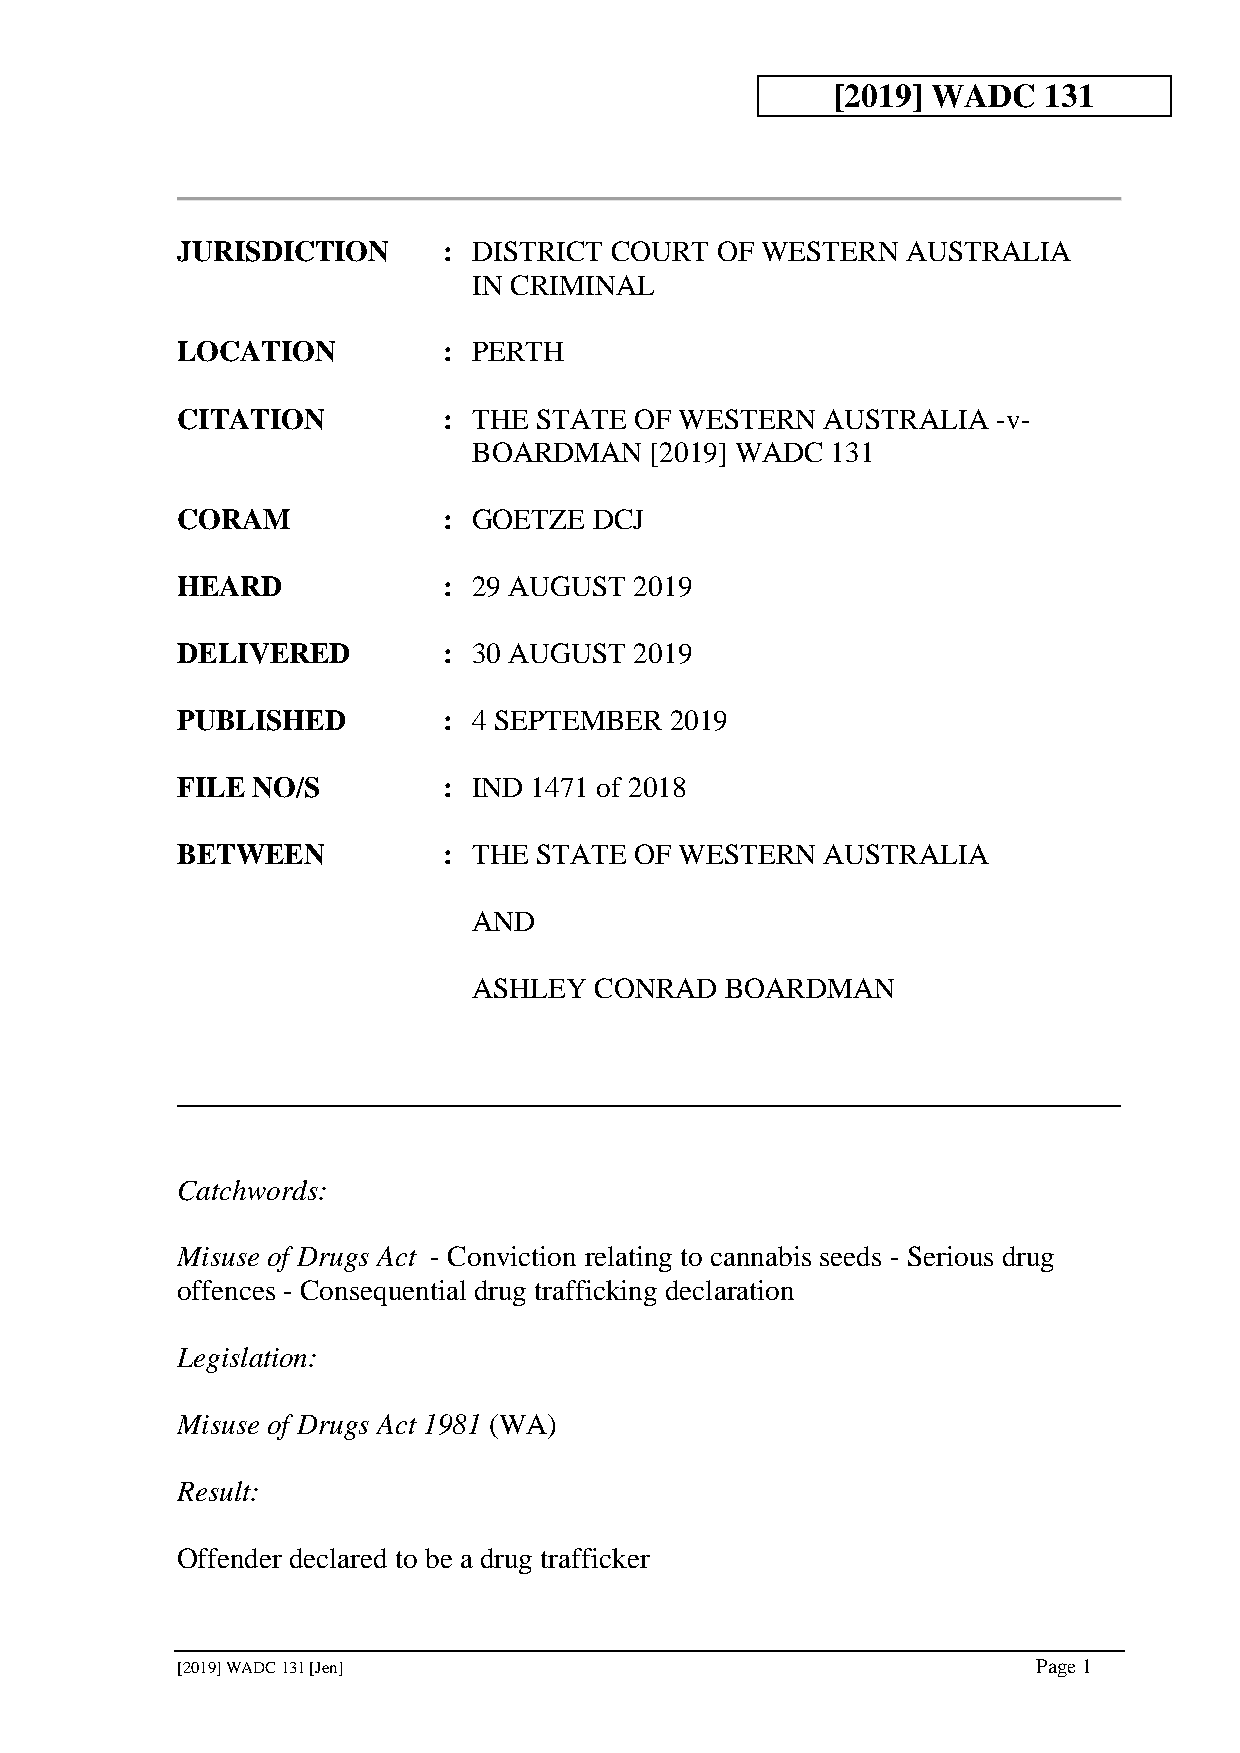
[2019] WADC   131
 JURISDICTION     : DISTRICT COURT  OF WESTERN   AUSTRALIA
 IN CRIMINAL
 LOCATION         : PERTH
 CITATION         : THE STATE  OF WESTERN  AUSTRALIA   -v-
 BOARDMAN    [2019] WADC 131
 CORAM            : GOETZE  DCJ
 HEARD            : 29 AUGUST  2019
 DELIVERED        : 30 AUGUST  2019
 PUBLISHED        : 4 SEPTEMBER  2019
 FILE NO/S        : IND 1471 of 2018
 BETWEEN          : THE STATE  OF WESTERN  AUSTRALIA
 AND
 ASHLEY  CONRAD   BOARDMAN
 Catchwords:
 Misuse of Drugs Act - Conviction relating to cannabis seeds - Serious drug
 offences - Consequential drug trafficking declaration
 Legislation:
 Misuse of Drugs Act 1981 (WA)
 Result:
 Offender declared to be a drug trafficker
 [2019] WADC 131 [Jen]                                    Page 1